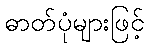
ဓာတ်ပုံများဖြင့်